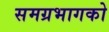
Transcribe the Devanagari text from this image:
समग्रभागको